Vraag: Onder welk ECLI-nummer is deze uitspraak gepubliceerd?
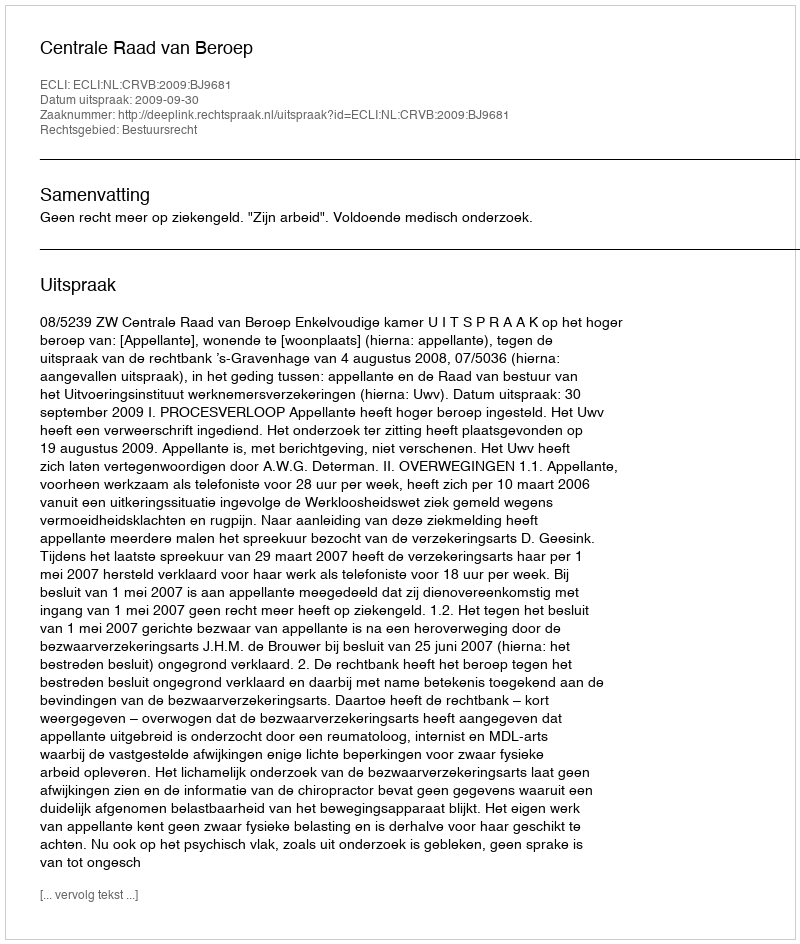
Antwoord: ECLI:NL:CRVB:2009:BJ9681